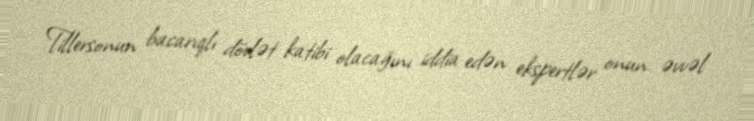
Tillersonun bacarıqlı dövlət katibi olacağını iddia edən ekspertlər onun əvvəl